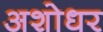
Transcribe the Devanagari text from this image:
अशोधर